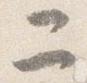
二